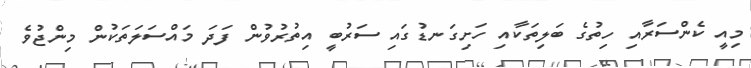
މިއީ ކެންސަރާއި ހިތުގެ ބަލިތަކާއި ހަށިގަނޑުގައި ސަރުބީ އިތުރުވުން ފަދަ މައްސަލަތަކުން މިންޖުވެ